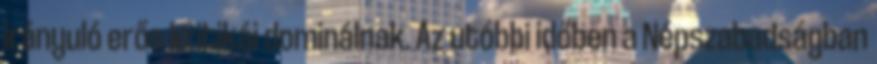
irányuló erős kritikái dominálnak. Az utóbbi időben a Népszabadságban